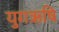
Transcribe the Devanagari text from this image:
युगऋषि